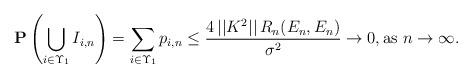
LaTeX: \begin{align*}{\bf P}\left( \bigcup_{i\in \Upsilon _{1}}I_{i,n}\right) =\sum_{i\in\Upsilon _{1}}p_{i,n}\leq \frac{4\,||K^{2}||\,R_{n}(E_{n},E_{n})}{\sigma ^{2}}\rightarrow 0,\mbox{as }n\rightarrow \infty . \end{align*}